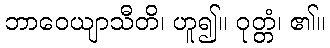
ဘာဝေယျာသီတိ၊ ဟူ၍။ ဝုတ္တံ၊ ၏။